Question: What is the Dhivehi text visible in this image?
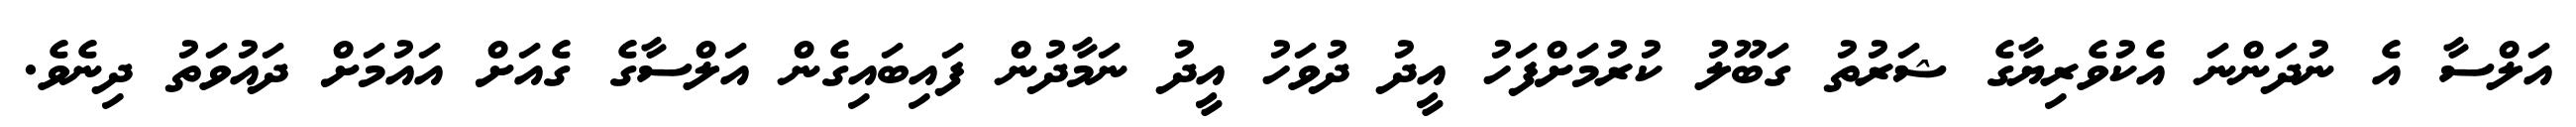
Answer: އަލްސާ އެ ނުދަންނަ އެކުވެރިޔާގެ ޝަރުތު ގަބޫލު ކުރުމަށްފަހު އީދު ދުވަހު އީދު ނަމާދުން ފައިބައިގެން އަލްސާގެ ގެއަށް އައުމަށް ދައުވަތު ދިނެވެ.